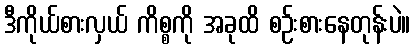
ဒီကိုယ်စားလှယ် ကိစ္စကို အခုထိ စဉ်းစားနေတုန်းပဲ။